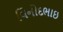
વિનોદભાઇ